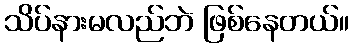
သိပ်နားမလည်ဘဲ ဖြစ်နေတယ်။